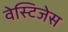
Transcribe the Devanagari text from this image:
वेस्टिजेस